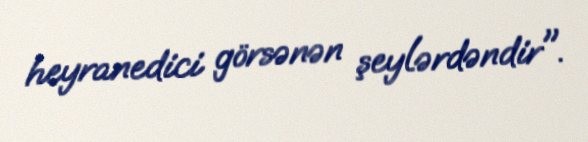
heyranedici görsənən şeylərdəndir".